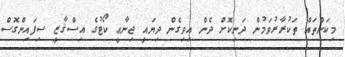
މިކަންތައް ތަކުރާރުވަމުން ދަނިކޮށް ދެން އިވިގެން ދިޔައީ ޖިނާޢީ ކޯޓުގެ އިސްޤާޒީ ސިފައިންގޮސް